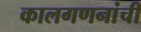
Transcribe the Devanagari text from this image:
कालगणनांची